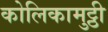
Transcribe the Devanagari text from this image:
कोलिकामुट्ठी